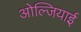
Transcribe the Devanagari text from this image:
ओल्जियाई